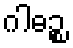
ဂါဓဉ္စ